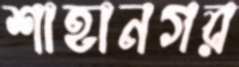
শাহানগর